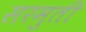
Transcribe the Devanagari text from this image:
सरमुती